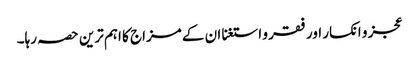
عجز و انکسار اور فقر و استغنا ان کے مزاج کا اہم ترین حصہ رہا۔